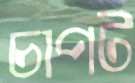
চাপট